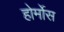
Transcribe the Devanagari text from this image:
होर्मोस